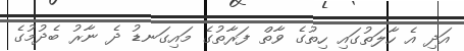
އަދި އެ ހާލަތުގައި ހިތުގެ ވާތް ފަރާތުގެ މައިގަނޑު ދެ ނާރު ބެދުމުގެ